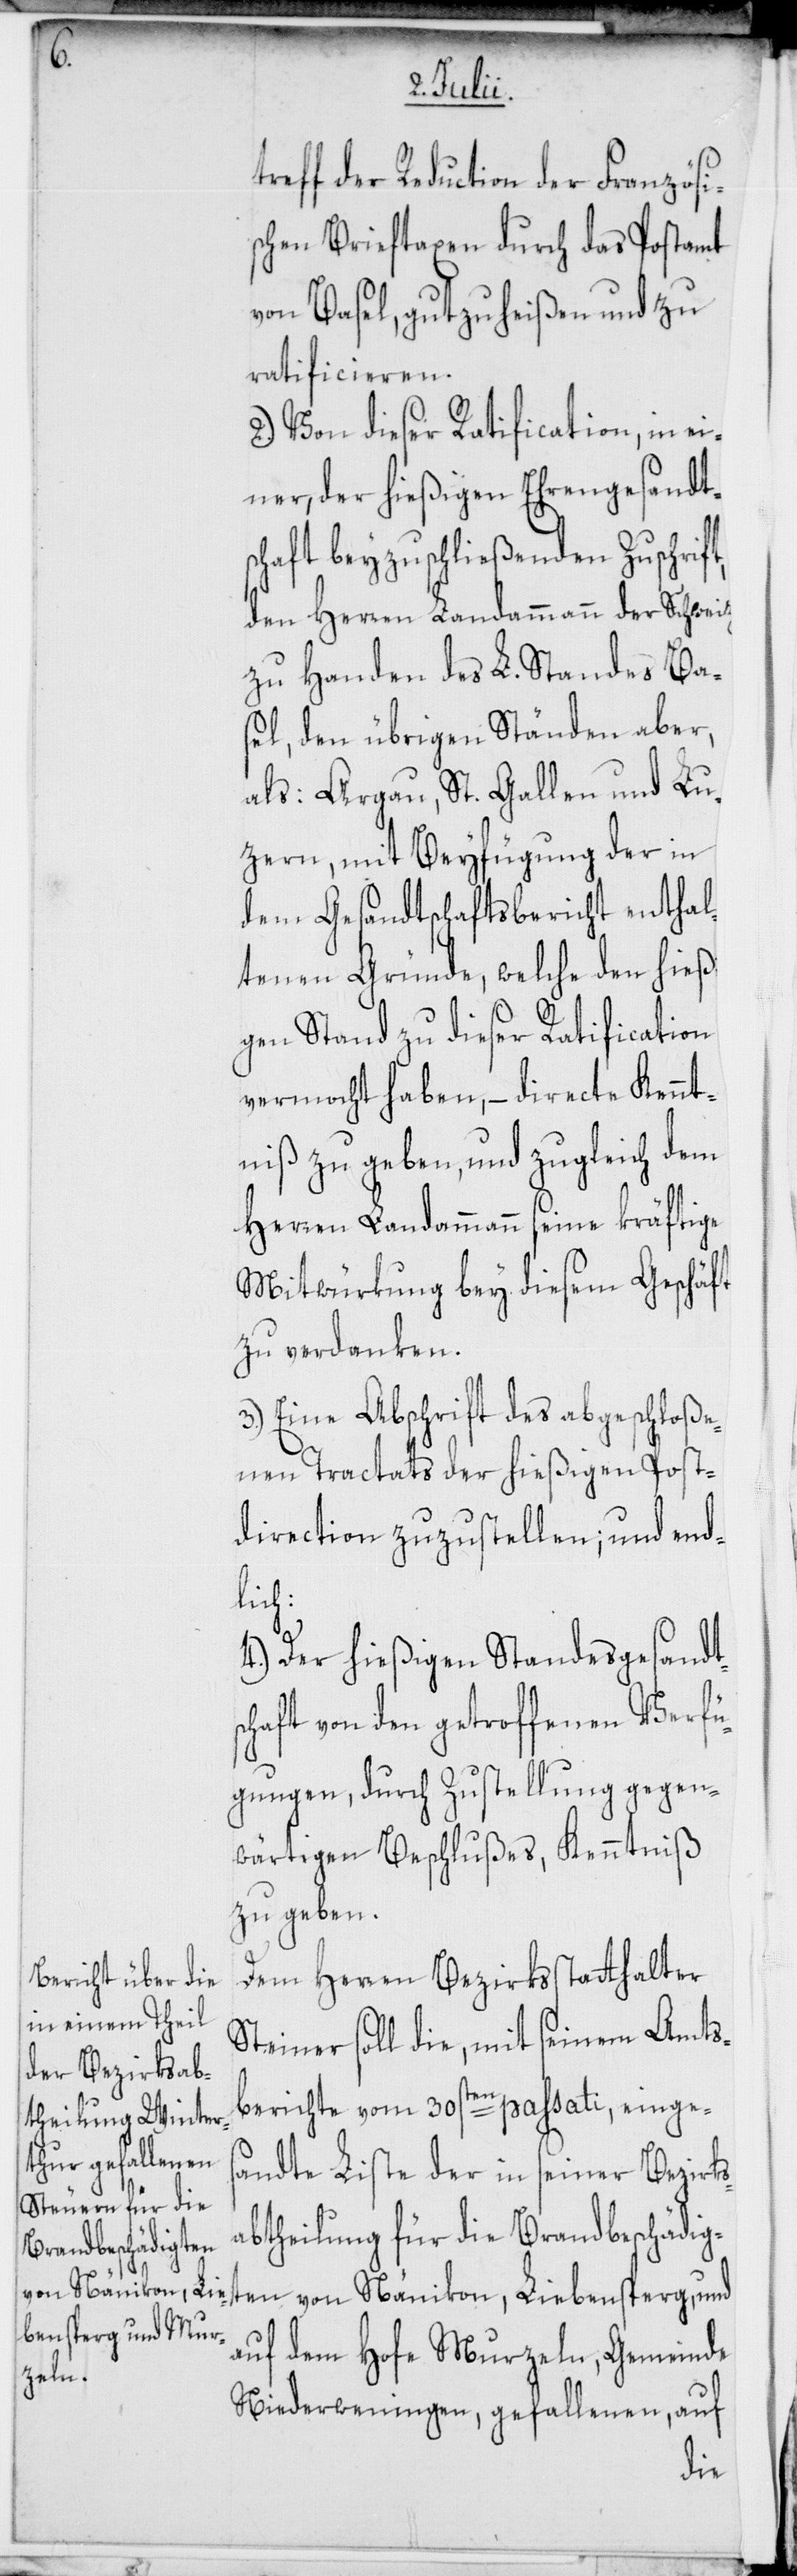
treff der Reduction der Französi¬
schen Brieftaxen durch das Postamt
von Basel, gutzuheißen und zu
ratificieren.
2.) Von dieser Ratification, in ei¬
ner, der hießigen Ehrengesandt¬
schaft beyzuschließenden Zuschrift,
den Herren Landammann der Schweitz
zu Handen des L. Standes Ba¬
sel, den übrigen Ständen aber,
als: Aargau, St. Gallen und Lu¬
zern, mit Beyfügung der in
dem Gesandtschaftsbericht enthal¬
tenen Gründe, welche den hießi¬
gen Stand zu dieser Ratification
vermocht haben, – directe Kennt¬
niß zu geben, und zugleich dem
Herren Landammann seine kräftige
Mitwürkung bey diesem Geschäft
zu verdanken.
3.) Eine Abschrift des abgeschloße¬
nen Tractats der hießigen Post¬
direction zuzustellen; und end¬
lich:
4.) Der hießigen Standesgesandt¬
schaft von den getroffenen Verfü¬
gungen, durch Zustellung gegen¬
wärtigen Beschlußes, Kenntnis
zu geben.
Dem Herren Bezirksstatthalter
Steiner soll die, mit seinem Amts¬
berichte vom 30sten passati, einges¬
andte Liste der in seiner Bezirks¬
abtheilung für die Brandbeschädig¬
ten von Nänikon, Liebensperg und
auf dem Hofe Murzeln, Gemeinde
Niederweningen, gefallenen, auf